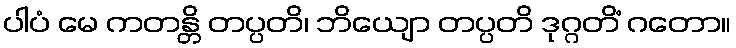
ပါပံ မေ ကတန္တိ တပ္ပတိ၊ ဘိယျော တပ္ပတိ ဒုဂ္ဂတိံ ဂတော။